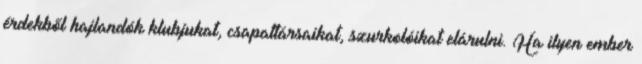
érdekből hajlandók klubjukat, csapattársaikat, szurkolóikat elárulni. Ha ilyen ember